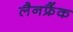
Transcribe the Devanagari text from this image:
लैनफ्रैंक